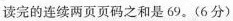
读完的连续两页页码之和是69。(6分)